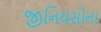
જીનિયસોના